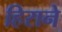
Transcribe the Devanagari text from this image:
हिराने